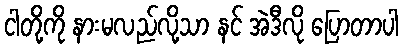
ငါတို့ကို နားမလည်လို့သာ နင် အဲဒီလို ပြောတာပါ